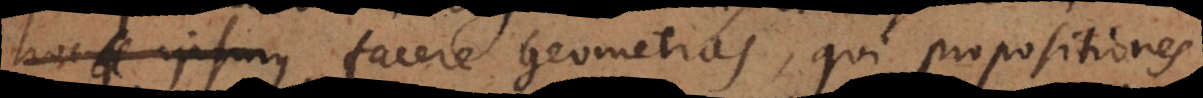
hoc ipsum facere Geometras, qui propositiones